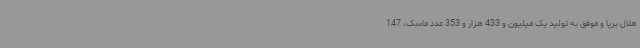
هلال برپا و موفق به تولید یک میلیون و 433 هزار و 353 عدد ماسک، 147